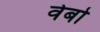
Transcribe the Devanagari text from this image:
वेबो